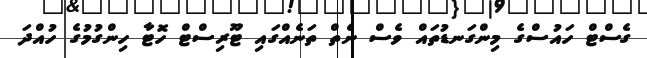
ގެސްޓް ހައުސްގެ މިންގަނޑުތައް ވެސް ނެތް ތަނެއްގައި ޓޫރިސްޓް ހޮޓާ ހިންގުމުގެ ހުއްދަ